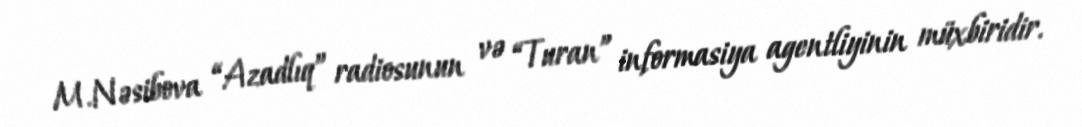
M.Nəsibova “Azadlıq” radiosunun və “Turan” informasiya agentliyinin müxbiridir.